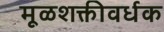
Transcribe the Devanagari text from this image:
मूळशक्तीवर्धक